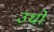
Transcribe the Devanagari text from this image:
उधो